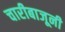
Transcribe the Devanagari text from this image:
चारीबाजूनी